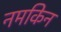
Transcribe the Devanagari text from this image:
नमकिन